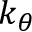
k _ { \theta }